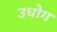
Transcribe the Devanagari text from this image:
उधाेग